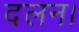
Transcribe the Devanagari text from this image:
दलन।